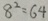
8 ^ { 2 } = 6 4